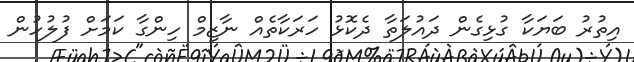
އިތުރު ބަޔަކާ ގުޅިގެން ދައުލަތާ ދެކޮޅު ހަރަކާތެއް ނާޒިމް ހިންގާ ކަމަށް ފުލުހުން